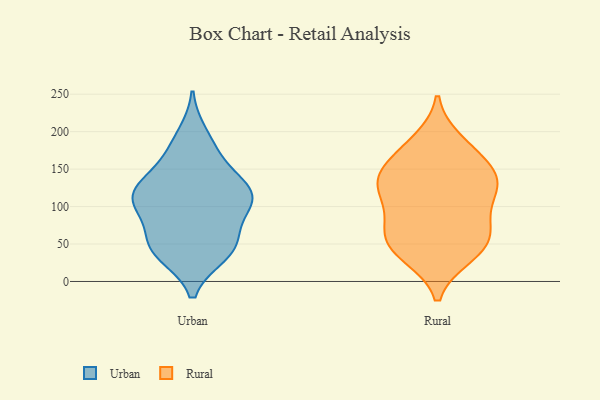
{"axis": {"x": "Active Users", "y": "Value"}, "legend": ["Rural", "Urban"], "data": [{"x": "", "y": 176, "type": "Urban"}, {"x": "", "y": 47, "type": "Urban"}, {"x": "", "y": 112, "type": "Urban"}, {"x": "", "y": 94, "type": "Urban"}, {"x": "", "y": 111, "type": "Urban"}, {"x": "", "y": 108, "type": "Urban"}, {"x": "", "y": 196, "type": "Urban"}, {"x": "", "y": 45, "type": "Urban"}, {"x": "", "y": 52, "type": "Urban"}, {"x": "", "y": 36, "type": "Urban"}, {"x": "", "y": 135, "type": "Urban"}, {"x": "", "y": 101, "type": "Urban"}, {"x": "", "y": 36, "type": "Urban"}, {"x": "", "y": 113, "type": "Urban"}, {"x": "", "y": 127, "type": "Urban"}, {"x": "", "y": 163, "type": "Urban"}, {"x": "", "y": 125, "type": "Urban"}, {"x": "", "y": 62, "type": "Urban"}, {"x": "", "y": 188, "type": "Rural"}, {"x": "", "y": 126, "type": "Rural"}, {"x": "", "y": 124, "type": "Rural"}, {"x": "", "y": 36, "type": "Rural"}, {"x": "", "y": 136, "type": "Rural"}, {"x": "", "y": 64, "type": "Rural"}, {"x": "", "y": 93, "type": "Rural"}, {"x": "", "y": 73, "type": "Rural"}, {"x": "", "y": 159, "type": "Rural"}, {"x": "", "y": 155, "type": "Rural"}, {"x": "", "y": 66, "type": "Rural"}, {"x": "", "y": 141, "type": "Rural"}, {"x": "", "y": 41, "type": "Rural"}, {"x": "", "y": 129, "type": "Rural"}, {"x": "", "y": 181, "type": "Rural"}, {"x": "", "y": 57, "type": "Rural"}, {"x": "", "y": 110, "type": "Rural"}, {"x": "", "y": 34, "type": "Rural"}]}